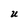
Character: U